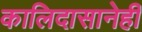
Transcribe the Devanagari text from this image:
कालिदासानेही